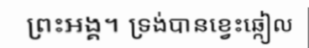
ព្រះអង្គ។ ទ្រង់បានខ្វេះឆ្កៀល